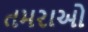
તમરાઓ